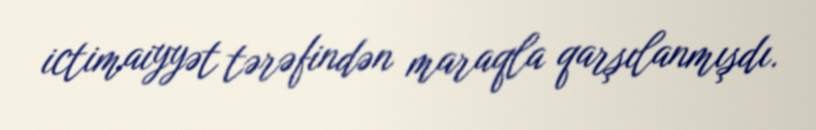
ictimaiyyət tərəfindən maraqla qarşılanmışdı.